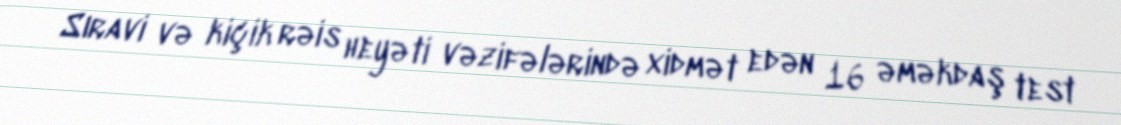
Sıravi və kiçik rəis heyəti vəzifələrində xidmət edən 16 əməkdaş test